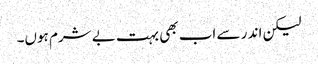
لیکن اند ر سے اب بھی بہت بے شرم ہوں۔